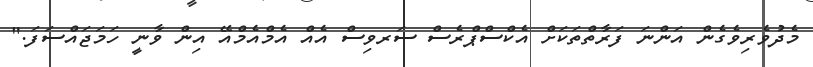
މެދުވެރިވެގެން އަންނަ ފަރާތްތަކަށް އެކްސްޕްރެސް ސަރވިސް އެއް އެމްއެމްއޭ އިން ވާނީ ހަމަޖައްސަފަ."